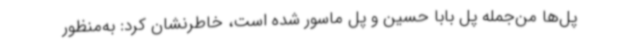
پل‌ها من‌جمله پل بابا حسین و پل ماسور شده است، خاطرنشان کرد: به‌منظور